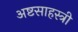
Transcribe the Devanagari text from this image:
अष्टसाहस्त्री